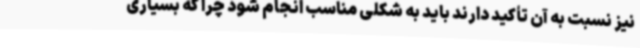
نیز نسبت به آن تأکید دارند باید به شکلی مناسب انجام شود چرا که بسیاری